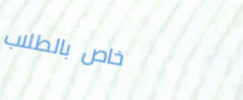
خاص بالطلاب